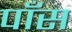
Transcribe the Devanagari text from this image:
पाँस